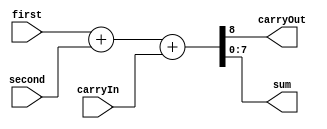
module FAdder(first, second, carryIn, carryOut, sum);
	parameter n=8;
	input [n-1:0] first, second;
	input carryIn;
	output [n-1:0] sum;
	output carryOut;

	assign {carryOut, sum} = first + second + carryIn;
endmodule